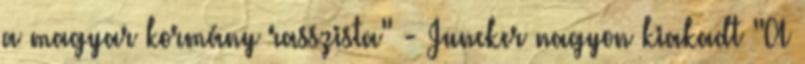
a magyar kormány rasszista" - Juncker nagyon kiakadt "A